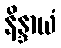
နိန္ဒာယံ